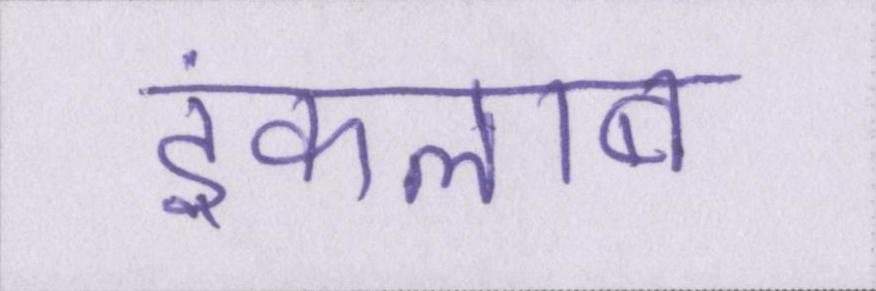
इंकलाब